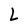
Character: L